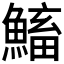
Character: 𩹱